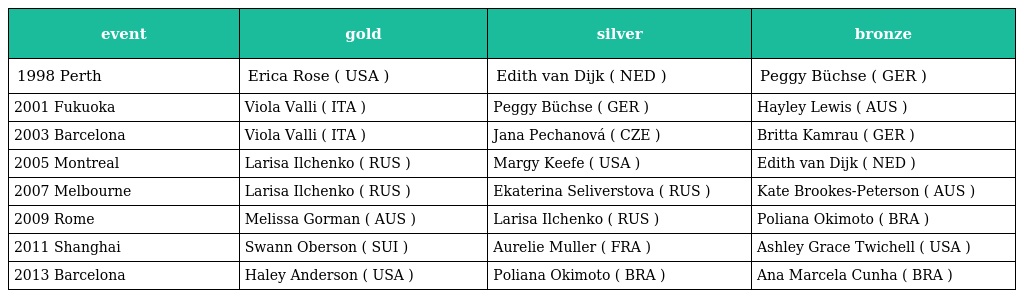
| event | gold | silver | bronze |
 | --- | --- | --- | --- |
 | 1998 Perth | Erica Rose ( USA ) | Edith van Dijk ( NED ) | Peggy Büchse ( GER ) |
 | 2001 Fukuoka | Viola Valli ( ITA ) | Peggy Büchse ( GER ) | Hayley Lewis ( AUS ) |
 | 2003 Barcelona | Viola Valli ( ITA ) | Jana Pechanová ( CZE ) | Britta Kamrau ( GER ) |
 | 2005 Montreal | Larisa Ilchenko ( RUS ) | Margy Keefe ( USA ) | Edith van Dijk ( NED ) |
 | 2007 Melbourne | Larisa Ilchenko ( RUS ) | Ekaterina Seliverstova ( RUS ) | Kate Brookes-Peterson ( AUS ) |
 | 2009 Rome | Melissa Gorman ( AUS ) | Larisa Ilchenko ( RUS ) | Poliana Okimoto ( BRA ) |
 | 2011 Shanghai | Swann Oberson ( SUI ) | Aurelie Muller ( FRA ) | Ashley Grace Twichell ( USA ) |
 | 2013 Barcelona | Haley Anderson ( USA ) | Poliana Okimoto ( BRA ) | Ana Marcela Cunha ( BRA ) |